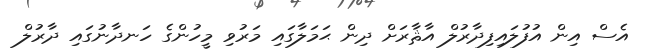
އެސް އިން އުފުލައިފިދާރުލް އާޘާރަށް ދިން ޙަމަލާގައި މަރުވި މީހުންގެ ހަނދާނުގައި ދާރުލް